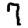
Digit: 7